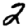
Digit: 2